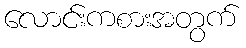
လောင်းကစားအတွက်